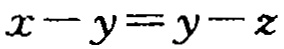
\(x - y = y - z\)